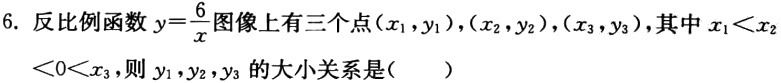
6. 反比例函数\(y = \frac{6}{x}\)图像上有三个点\((x_1,y_1)\)，\((x_2,y_2)\)，\((x_3,y_3)\)，其中\(x_1 < x_2 < 0 < x_3\)，则\(y_1\)，\(y_2\)，\(y_3\)的大小关系是( )